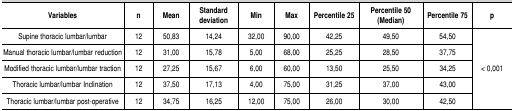
<table><thead><tr><td><b>Variables</b></td><td><b>n</b></td><td><b>Mean</b></td><td><b>Standard deviation</b></td><td><b>Min</b></td><td><b>Max</b></td><td><b>Percentile 25</b></td><td><b>Percentile 50 (Median)</b></td><td><b>Percentile 75</b></td><td><b>p</b></td></tr></thead><tbody><tr><td>Supinethoracic lumbar/lumbar</td><td>12</td><td>50,83</td><td>14,24</td><td>32,00</td><td>90,00</td><td>42,25</td><td>49,50</td><td>54,50</td><td rowspan="5">&lt; 0,001</td></tr><tr><td>Manualthoracic lumbar/lumbar reduction </td><td>12</td><td>31,00</td><td>15,78</td><td>5,00</td><td>68,00</td><td>25,25</td><td>28,50</td><td>37,75</td></tr><tr><td>Modifiedthoracic lumbar/lumbar traction </td><td>12</td><td>27,25</td><td>15,67</td><td>6,00</td><td>60,00</td><td>13,50</td><td>25,50</td><td>34,25</td></tr><tr><td>Thoraciclumbar/lumbar Inclination </td><td>12</td><td>37,50</td><td>17,13</td><td>4,00</td><td>75,00</td><td>31,25</td><td>37,00</td><td>43,00</td></tr><tr><td>Thoraciclumbar/lumbar post-operative</td><td>12</td><td>34,75</td><td>16,25</td><td>12,00</td><td>75,00</td><td>26,00</td><td>30,00</td><td>42,50</td></tr></tbody></table>